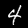
Label: 4